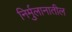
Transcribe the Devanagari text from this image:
निर्मुलानातील